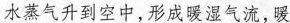
水蒸气升到空中，形成暖湿气流，暖